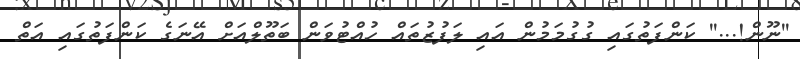
''ނޫން!...'' ކަންފަތުގައި ގުގުމަމުން އައި ލަފުޒުތައް ހުއްޓުވަން ބަތޫލްއަށް އޭނަގެ ކަންފަތުގައި އަތް